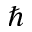
\hbar